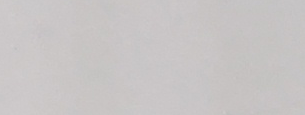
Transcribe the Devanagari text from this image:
प्र.३